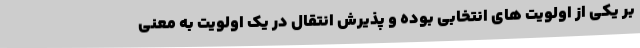
بر یکی از اولویت های انتخابی بوده و پذیرش انتقال در یک اولویت به معنی